Vaccination in Bombay 1856-1862 - 1856-1862
Year: 1856
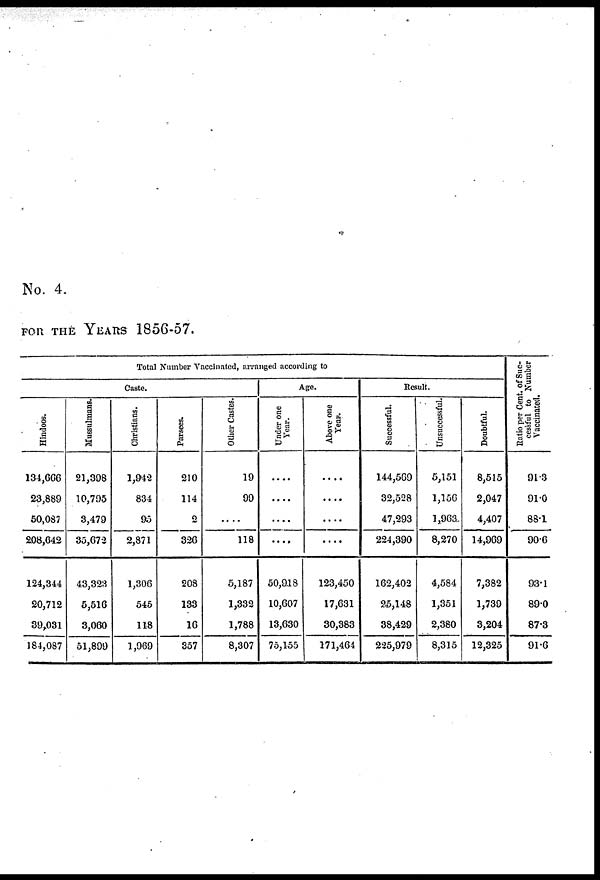
No. 4.
FOR THE YEARS 1856-57.
Total Number Vaccinated, arranged according to
Caste.
Hindoos.
134,666
23,889
50,087
208,642
124,344
20,712
39,031
184,087
Mussulmans.
21,398
10,795
3,479
35,672
43,323
5,516
3,060
51,899
Christians.
1,942
834
95
2,871
1,306
545
118
1,969
Parsees.
210
114
2
326
208
133
16
357
Other Castes.
19
99
....
118
5,187
1,332
1,788
8,307
Age.
Under one
Year.
....
....
....
....
50,918
10,607
13,630
75,155
Above one
Year.
....
....
....
....
123,450
17,631
30,383
171,464
Result.
Successful.
144,569
32,528
47,293
224,390
162,402
25,148
38,429
225,979
Unsuccessful.
5,151
1,156
1,963
8,270
4,584
1,351
2,380
8,315
Doubtful.
8,515
2,047
4,407
14,969
7,382
1,739
3,204
12,325
Ratio per Cent. of Suc-
cessful to Number
Vaccinated.
91.3
91.0
88.1
90.6
93.1
89.0
87.3
91.6